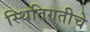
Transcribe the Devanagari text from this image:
स्थितिगतीचे